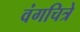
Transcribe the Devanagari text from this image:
वंगचित्रे